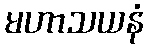
မဟာသယနံ